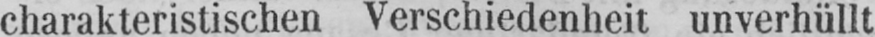
charakteristischen Verschiedenheit unverhüllt